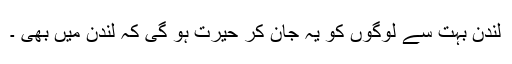
لندن بہت سے لوگوں کو یہ جان کر حیرت ہو گی کہ لندن میں بھی ۔